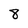
Character: 8